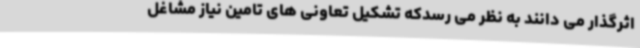
اثرگذار می دانند به نظر می رسدکه تشکیل تعاونی های تامین نیاز مشاغل